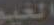
الغيم